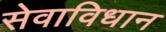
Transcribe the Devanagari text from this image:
सेवाविधान